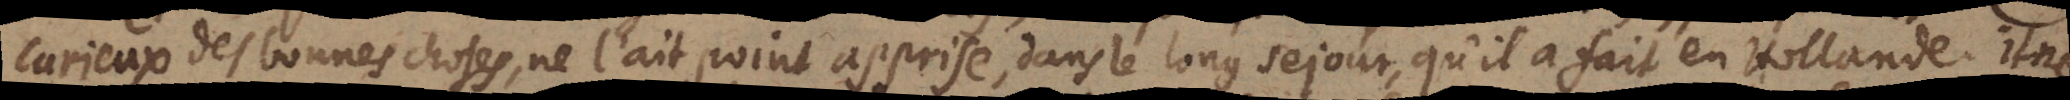
curieux des bonnes choses, ne l’ait point apprise, dans le long sejour, qu’il a fait en Hollande. Il ne